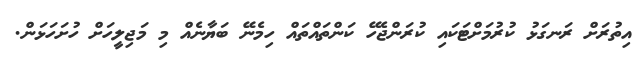
އިތުރަށް ރަނގަޅު ކުރުމަށްޓަކައި ކުރަންޖެހޭ ކަންތައްތައް ހިމެނޭ ބަޔާނެއް މި މަޖިލީހަށް ހުށަހަޅަން.